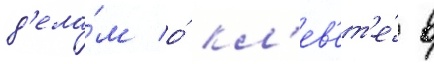
д'ела́м о́ кл'ев'ет'е́ в